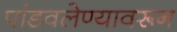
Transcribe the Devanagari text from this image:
पांडवलेण्यावरून